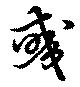
彧